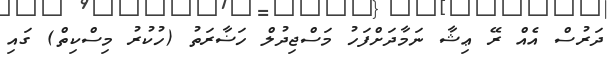
ދަރުސް އެއް ރޭ ޢިޝާ ނަމާދަށްފަހު މަސްޖިދުލް ހަޟާރަތު (ހުކުރު މިސްކިތް) ގައި